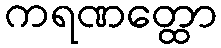
ကရဏတ္ထော